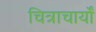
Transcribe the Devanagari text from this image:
चित्राचार्यों